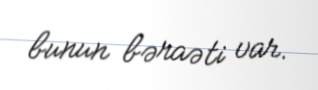
bunun bəraəti var.